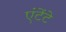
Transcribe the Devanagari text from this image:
एंटेंटे